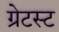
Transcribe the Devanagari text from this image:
ग्रेटस्ट